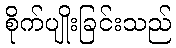
စိုက်ပျိုးခြင်းသည်